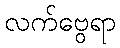
လက်ဗွေရာ